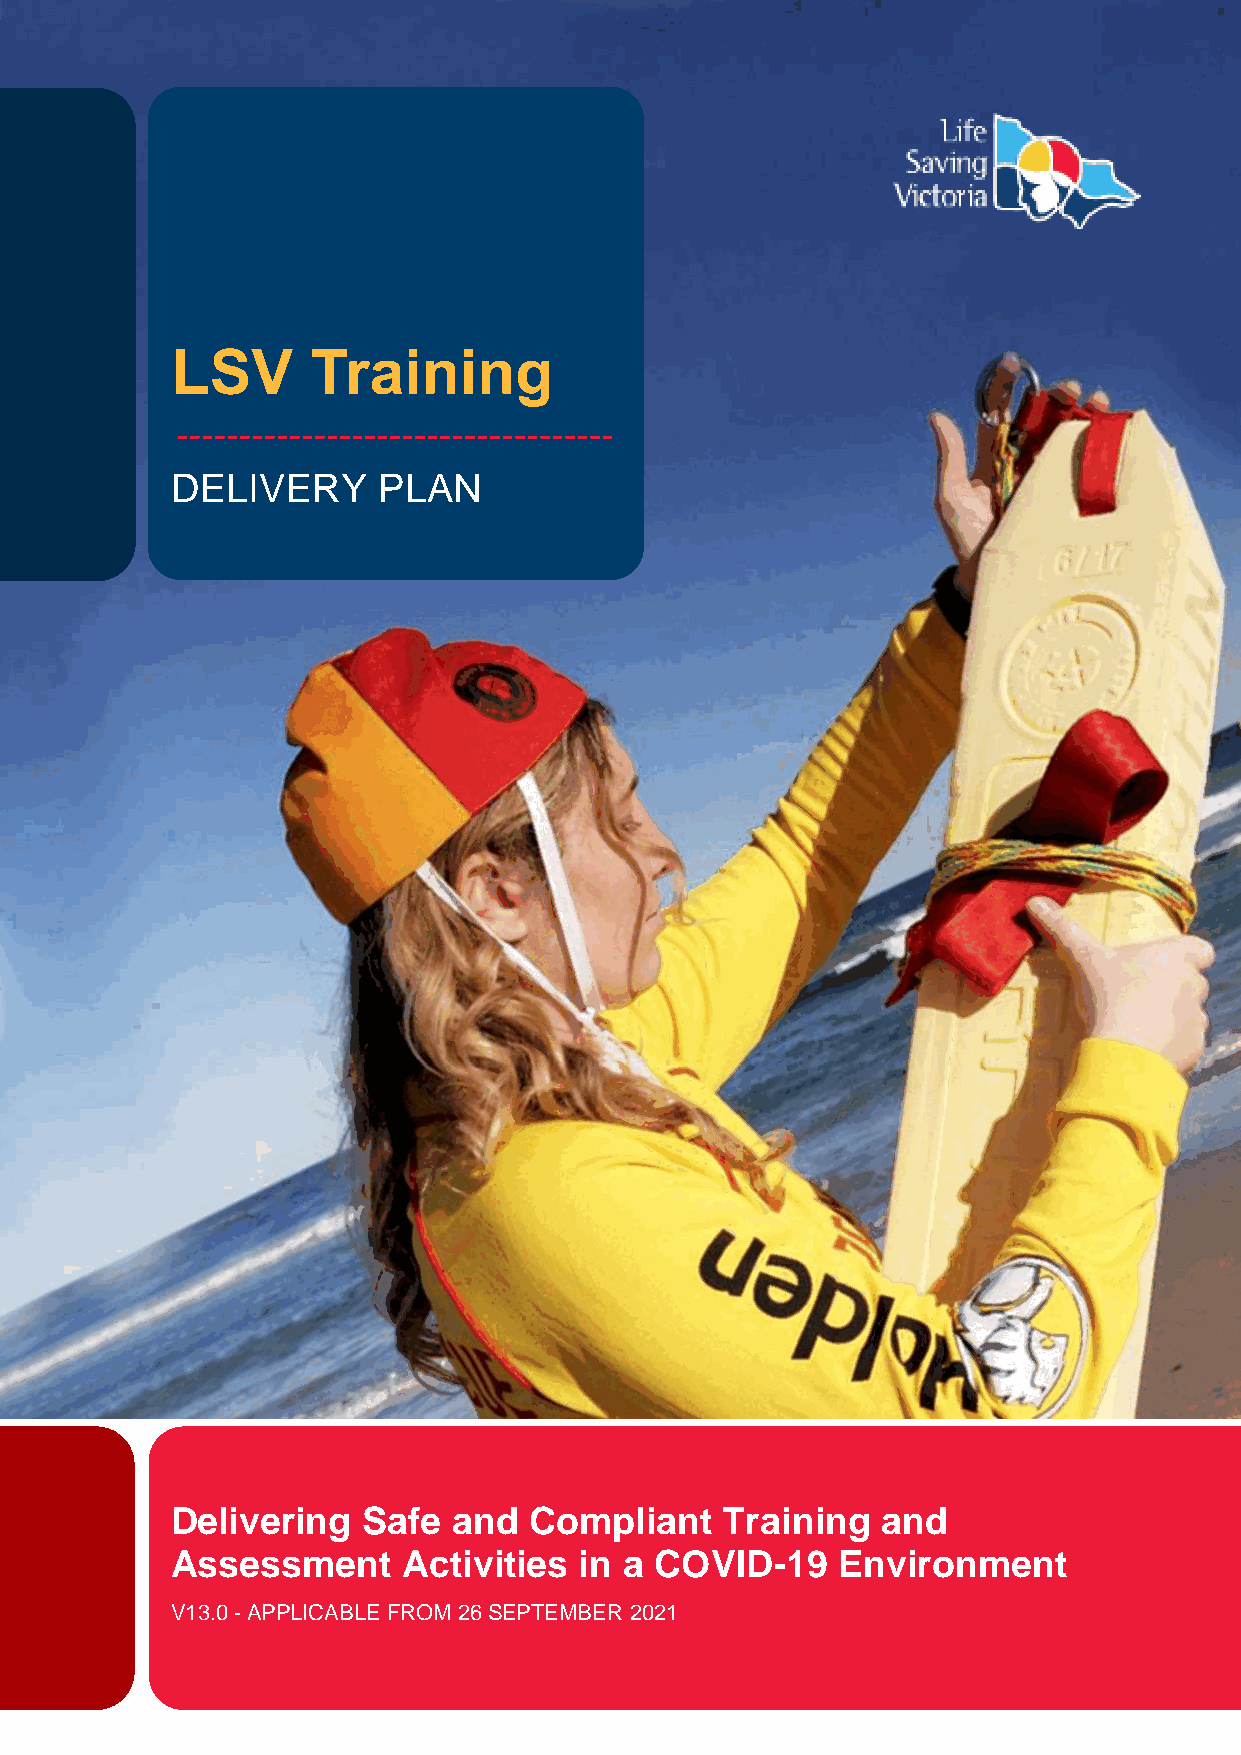
LSV       Training
 DELIVERY      PLAN
 Delivering   Safe  and  Compliant    Training  and
 A ssessment     Activities in a COVID-19    Environment
 V13.0 - APPLICABLE FROM 26 SEPTEMBER 2021